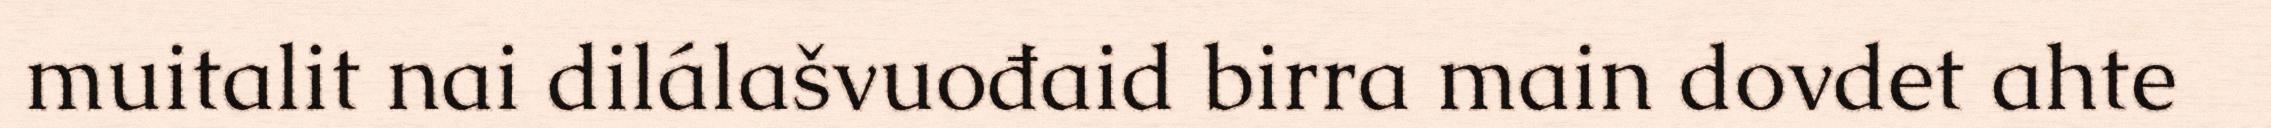
muitalit nai dilálašvuođaid birra main dovdet ahte